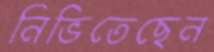
নিভিতেছেন